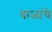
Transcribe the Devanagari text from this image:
बाळांचे